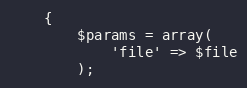
Language: PHP
    {
        $params = array(
            'file' => $file
        );